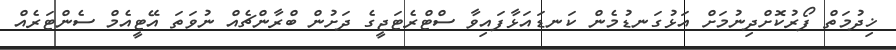
ޚިދުމަތް ފޯރުކޮށްދިނުމަށް އަޅުގަނޑުމެން ކަނޑައަޅާފައިވާ ސްޓްރެޓަޖީގެ ދަށުން ބްރާންޗެއް ނުވަތަ އޭޓީއެމް ސެންޓަރެއް